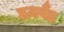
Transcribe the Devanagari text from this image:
हज़बैंड